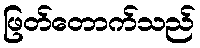
ဖြတ်တောက်သည်